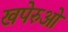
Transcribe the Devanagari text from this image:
खपेरुओं